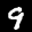
Label: 9